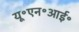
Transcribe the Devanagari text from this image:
यू॰एन॰आई॰